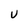
Character: U